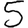
Digit: 5